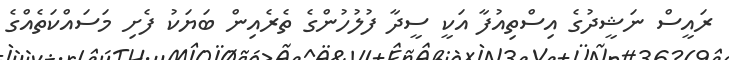
ރައީސް ނަޝީދުގެ އިސްތިއުފާ އަކީ ސީދާ ފުލުހުންގެ ތެރެއިން ބަޔަކު ފެށި މަސައްކަތެއްގެ